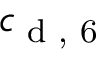
c _ { \textup { d , 6 } }